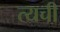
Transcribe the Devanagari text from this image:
त्यची